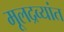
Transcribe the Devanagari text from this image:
मूलद्रव्यांत